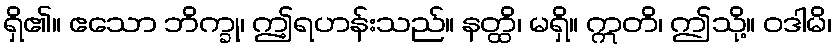
ရှိ၏။ ဧသော ဘိက္ခု၊ ဤ့ရဟန်းသည်။ နတ္ထိ၊ မရှိ။ ဣတိ၊ ဤသို့။ ဝဒါမိ၊